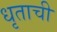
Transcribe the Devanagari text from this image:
धृताची